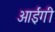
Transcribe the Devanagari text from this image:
आईगी